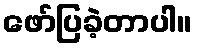
ဖော်ပြခဲ့တာပါ။